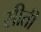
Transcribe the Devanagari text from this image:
सीती